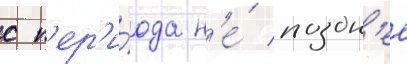
с п'ер'и́ода н'е́ поздн'ее